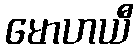
မောဟယီ